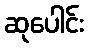
ဆုပေါင်း